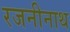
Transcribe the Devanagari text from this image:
रजनीनाथ